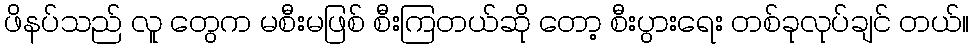
ဖိနပ်သည် လူ တွေက မစီးမဖြစ် စီးကြတယ်ဆို တော့ စီးပွားရေး တစ်ခုလုပ်ချင် တယ်။